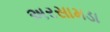
અરસામડા